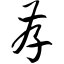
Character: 存